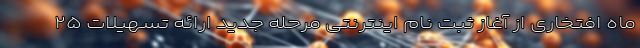
ماه افتخاری از آغاز ثبت نام اینترنتی مرحله جدید ارائه تسهیلات ۲۵